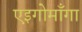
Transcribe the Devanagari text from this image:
एइगोमाँगा